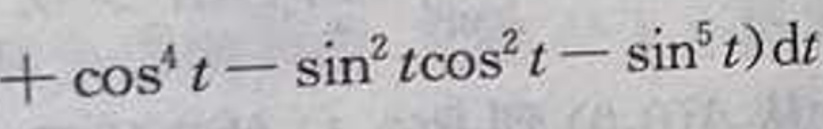
$+\cos^{4}t - \sin^{2}t\cos^{2}t - \sin^{5}t)\mathrm{d}t$